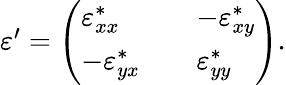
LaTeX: \begin{array}{r}{\varepsilon^{\prime}=\left(\begin{array}{lll}{\varepsilon_{xx}^{*}}&{}&{-\varepsilon_{xy}^{*}}\\ {-\varepsilon_{yx}^{*}}&{}&{\varepsilon_{yy}^{*}}\end{array}\right).}\end{array}